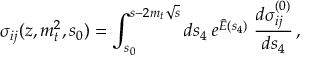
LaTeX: \sigma _ { i j } ( z , m _ { t } ^ { 2 } , s _ { 0 } ) = \int _ { s _ { 0 } } ^ { s - 2 m _ { t } \sqrt { s } } d s _ { 4 } \; e ^ { { \bar { E } } ( s _ { 4 } ) } \; { \frac { d \sigma _ { i j } ^ { ( 0 ) } } { d s _ { 4 } } } \, ,